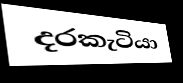
දරකැටියා